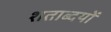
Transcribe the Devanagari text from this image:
शताब्दयों